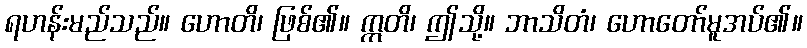
ရဟန်းမည်သည်။ ဟောတိ၊ ဖြစ်၏။ ဣတိ၊ ဤသို့။ ဘာသိတံ၊ ဟောတော်မူအပ်၏။